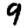
Digit: 9